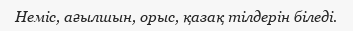
Неміс, ағылшын, орыс, қазақ тілдерін біледі.